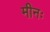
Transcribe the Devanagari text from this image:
मीनः